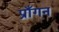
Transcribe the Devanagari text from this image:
प्राँगन